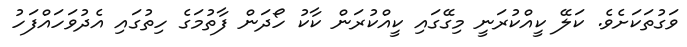
ވަގުތަކަށެވެ. ކަލޭ ކީއްކުރަނީ މިގޭގައި ކީއްކުރަން ކާކު ހޯދަން ފާތުމަގެ ހިތުގައި އެދުވަހައްފަހު